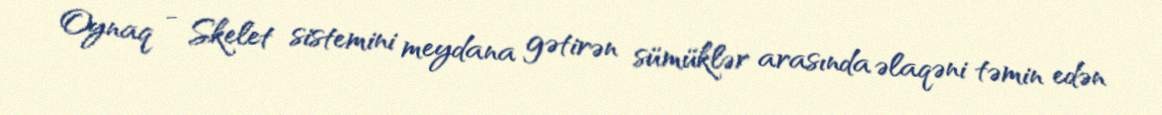
Oynaq - Skelet sistemini meydana gətirən sümüklər arasında əlaqəni təmin edən